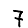
Digit: 7